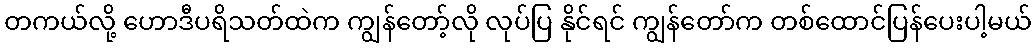
တကယ်လို့ ဟောဒီပရိသတ်ထဲက ကျွန်တော့်လို လုပ်ပြ နိုင်ရင် ကျွန်တော်က တစ်ထောင်ပြန်ပေးပါ့မယ်